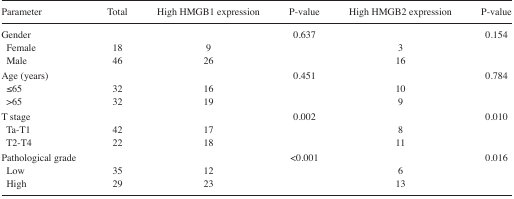
| Parameter | Total | High HMGB1 expression | P-value | High HMGB2 expression | P-value |
 | --- | --- | --- | --- | --- | --- |
 | Gender |  |  | 0.637 |  | 0.154 |
 | Female | 18 | 9 |  | 3 |  |
 | Male | 46 | 26 |  | 16 |  |
 | Age (years) |  |  | 0.451 |  | 0.784 |
 | ≤65 | 32 | 16 |  | 10 |  |
 | >65 | 32 | 19 |  | 9 |  |
 | T stage |  |  | 0.002 |  | 0.010 |
 | Ta-T1 | 42 | 17 |  | 8 |  |
 | T2–T4 | 22 | 18 |  | 11 |  |
 | Pathological grade |  |  | <0.001 |  | 0.016 |
 | Low | 35 | 12 |  | 6 |  |
 | High | 29 | 23 |  | 13 |  |